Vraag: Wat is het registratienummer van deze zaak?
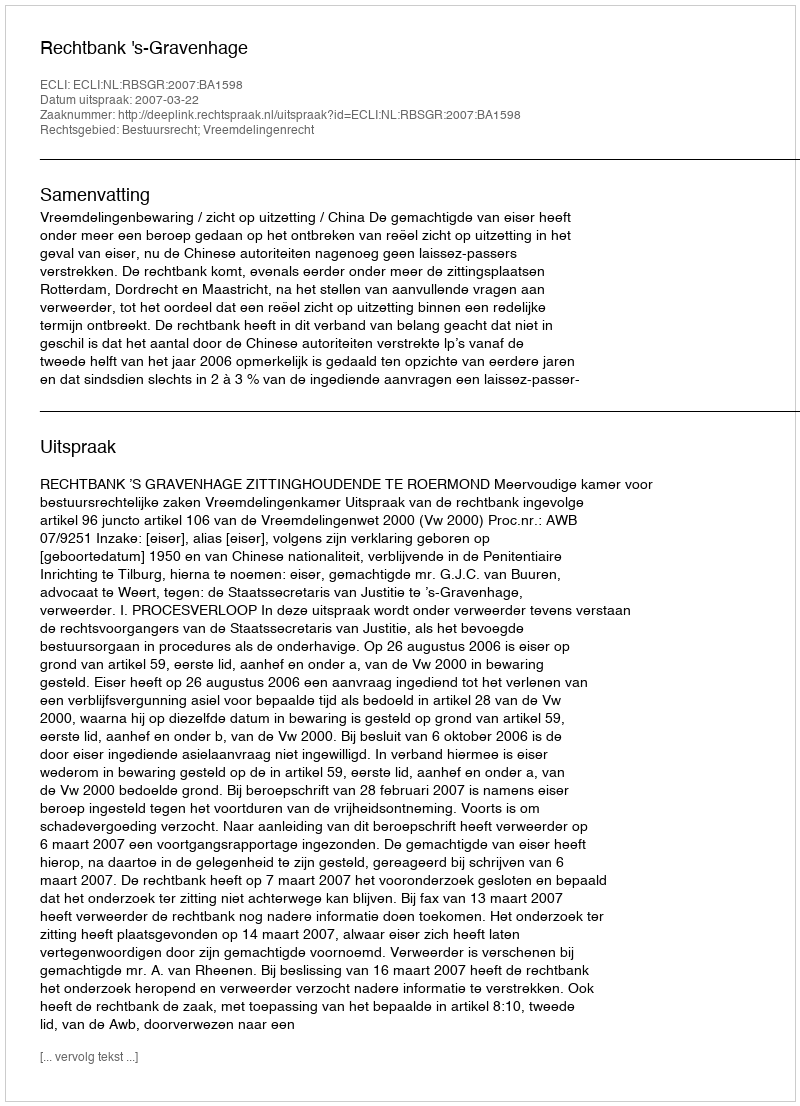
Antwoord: http://deeplink.rechtspraak.nl/uitspraak?id=ECLI:NL:RBSGR:2007:BA1598